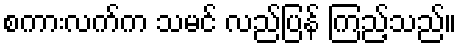
စကားလက်က သမင် လည်ပြန် ကြည့်သည်။